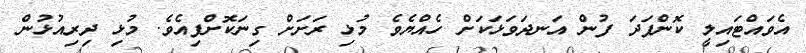
އެވައްޓައިލީ ކޮންފަދަ ފުން އަނދަވަޅަކަށް ހެއްޔެވެ މުޅި ރަށަށް ގިނަކޮށްފިިއެވެ. މުޅި ދިރިއުޅުން